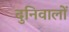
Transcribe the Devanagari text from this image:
दुनिवालों